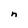
Character: n